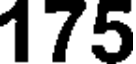
175